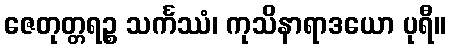
ဇေတုတ္တရဉ္စ သင်္ကဿံ၊ ကုသိနာရာဒယော ပုရီ။